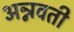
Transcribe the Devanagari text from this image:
अन्नवती